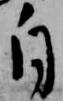
自